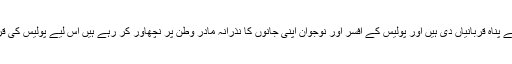
پولیس نے دہشت گردی کے خلاف جنگ میں بے پناہ قربانیاں دی ہیں اور پولیس کے افسر اور نوجوان اپنی جانوں کا نذرانہ مادر وطن پر نچھاور کر رہے ہیں اِس لیے پولیس کی قربانیوں کے حوالے سے کوئی دو آراء نہیں ہیں۔